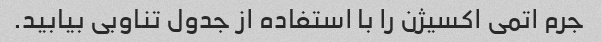
جرم اتمی اکسیژن را با استفاده از جدول تناوبی بیابید.